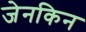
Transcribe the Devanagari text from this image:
जेनकिन